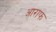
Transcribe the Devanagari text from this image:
आराफ